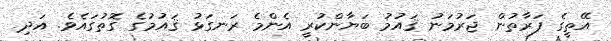
އޭތީގެ ފަރާތުން ޖަރުމަނު ޤައުމު ބަޔާންކުރީ އެންމެ ރަނގަޅު ޤައުމުގެ ގޮތުގައެވެ. އަދި